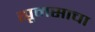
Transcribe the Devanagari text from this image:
ह्यूमसाचा